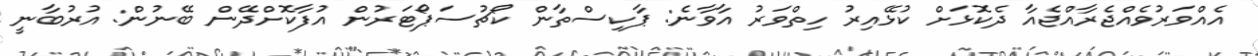
އެއްވަރުވެއްޖެރާއްޖެއާ ދެކޮޅަށް ކުޅޭއިރު ހިތްވަރު އާވާނެ: ޕާކިސްތާން ކޯޗުސަޕޯޓަރުން އުފާކޮށްދޭން ބޭނުން: އުރުބާނީ